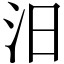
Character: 汨